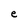
Character: e